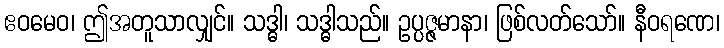
ဧဝမေဝ၊ ဤအတူသာလျှင်။ သဒ္ဓါ၊ သဒ္ဓါသည်။ ဥပ္ပဇ္ဇမာနာ၊ ဖြစ်လတ်သော်။ နီဝရဏေ၊